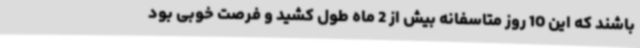
باشند که این 10 روز متاسفانه بیش از 2 ماه طول کشید و فرصت خوبی بود